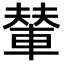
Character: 輦